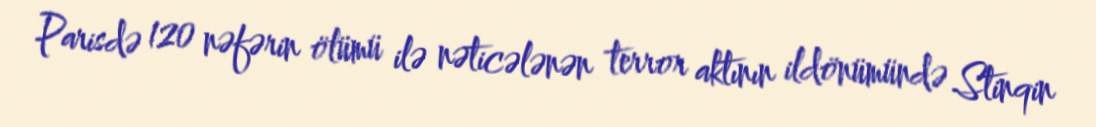
Parisdə 120 nəfərin ölümü ilə nəticələnən terror aktının ildönümündə Stinqin